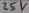
Text: 25V